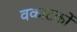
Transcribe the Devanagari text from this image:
वकाटकों